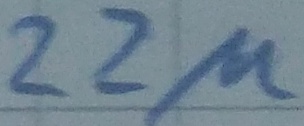
Text: 22µ